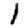
Digit: 1